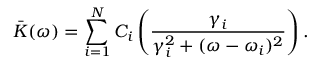
\bar { K } ( \omega ) = \sum _ { i = 1 } ^ { N } C _ { i } \left( \frac { \gamma _ { i } } { \gamma _ { i } ^ { 2 } + ( \omega - \omega _ { i } ) ^ { 2 } } \right) .